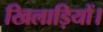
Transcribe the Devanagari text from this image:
खिलाड़ियों।